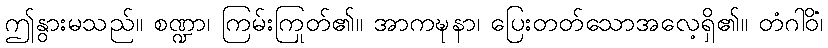
ဤနွားမသည်။ စဏ္ဍာ၊ ကြမ်းကြုတ်၏။ အာကဍ္ဎနာ၊ ပြေးတတ်သောအလေ့ရှိ၏။ တံဂါဝိံ၊